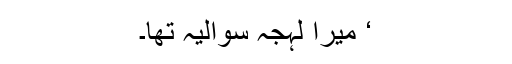
‘ میرا لہجہ سوالیہ تھا۔